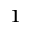
_ 1